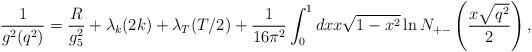
LaTeX: \begin{align*}{1\over g^2(q^2)} = {R\over g_5^2}+ \lambda_k(2k) + \lambda_T(T/2) +{1\over 16\pi^2}\int_0^1 dx x \sqrt{1-x^2}\ln N_{+-}\left({x\sqrt{q^2}\over 2}\right),\end{align*}